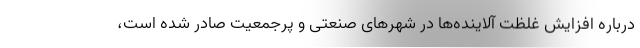
درباره افزایش غلظت آلاینده‌ها در شهرهای صنعتی و پرجمعیت صادر شده است،